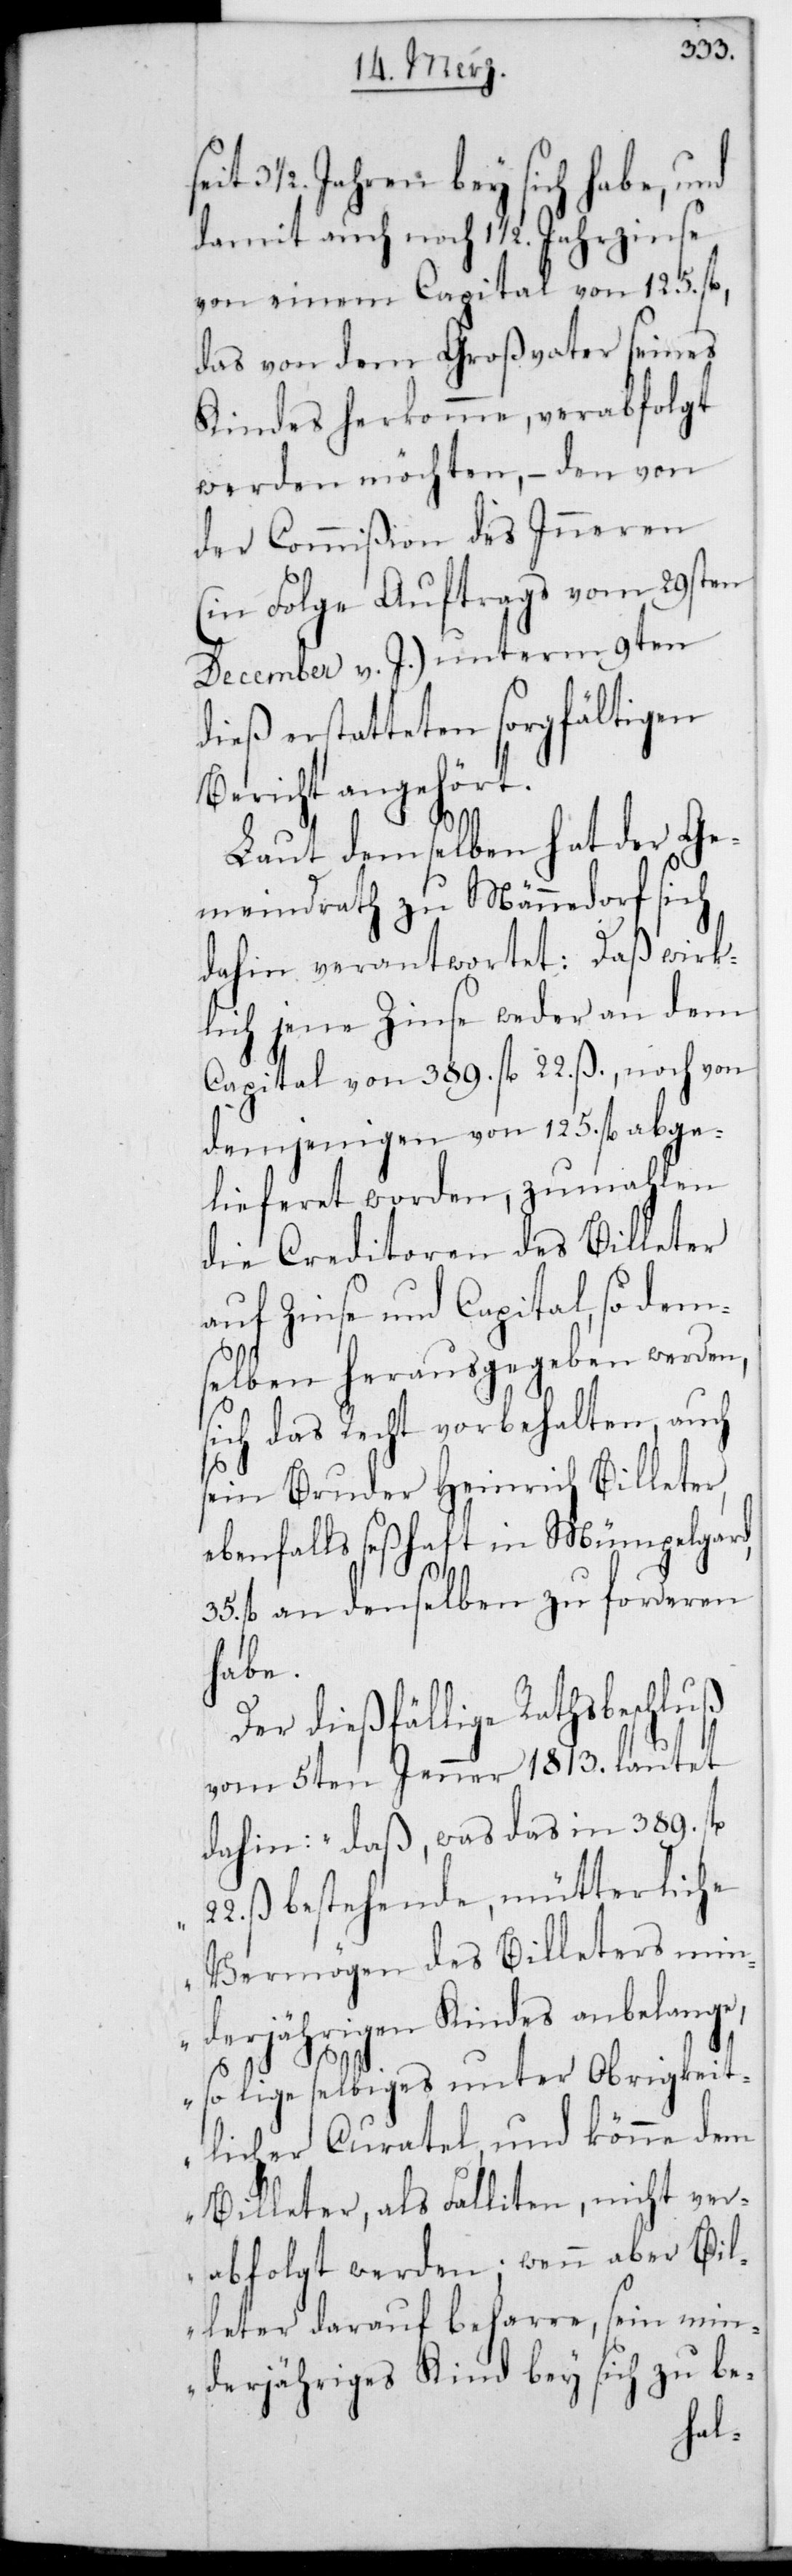
3 1/2. Jahren bey sich habe, und
damit auch noch 13 1/2. Jahrzinse
von einem Capital von 125. fl.,
das von dem Großvater seines
Kindes herkomme, verabfolgt
werden möchten, – den von
der Commißion des Inneren
(in Folge Auftrags vom 29sten
December v. J.) unterm 9ten
dieß erstatteten sorgfältigen
Bericht angehört.
Laut demselben hat der Ge¬
meindrath zu Männedorf sich
dahin verantwortet: Daß wirk¬
lich jene Zinse weder an dem
Capital von 389. fl. 22. ß noch von
demjenigen von 125. fl. abge¬
lieferet worden, zumahlen
die Creditoren des Billeter
auf Zinse und Capital, so dem¬
selben herausgegeben werden,
sich das Recht vorbehalten, auch
sein Bruder Heinrich Billeter,
ebenfalls seßhaft in Mümpelgard,
fl. an denselben zu forderen
habe.
Der dießfällige Rathsbeschluß
vom 5ten Jenner 1813. lautet
dahin: „Daß was das in 389. fl.
22. ß bestehende, mütterliche
Vermögen des Billeters min¬
derjährigen Kindes anbelange,
so lige selbiges unter obrigkeit¬
licher Curathel, und könne dem
Billeter, als Falliten, nicht ver¬
abfolgt werden; wenn aber Bil¬
leter darauf beharre, sein mi¬
nderjähriges Kind bey sich zu be-